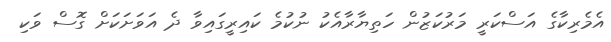
އެމެރިކާގެ އަސްކަރީ މަރުކަޒުން ހަތިޔާރާއެކު ނުކުމެ ކައިރީގައިވާ ދެ އަވަށަކަށް ގޮސް ވަކި